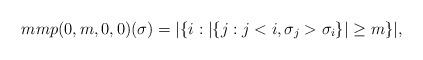
LaTeX: \begin{align*}mmp(0,m,0,0)(\sigma) = |\{i : |\{j: j<i, \sigma_j > \sigma_i\}|\geq m \}|,\end{align*}